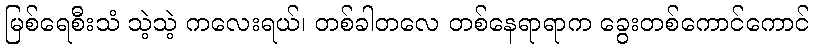
မြစ်ရေစီးသံ သဲ့သဲ့ ကလေးရယ်၊ တစ်ခါတလေ တစ်နေရာရာက ခွေးတစ်ကောင်ကောင်